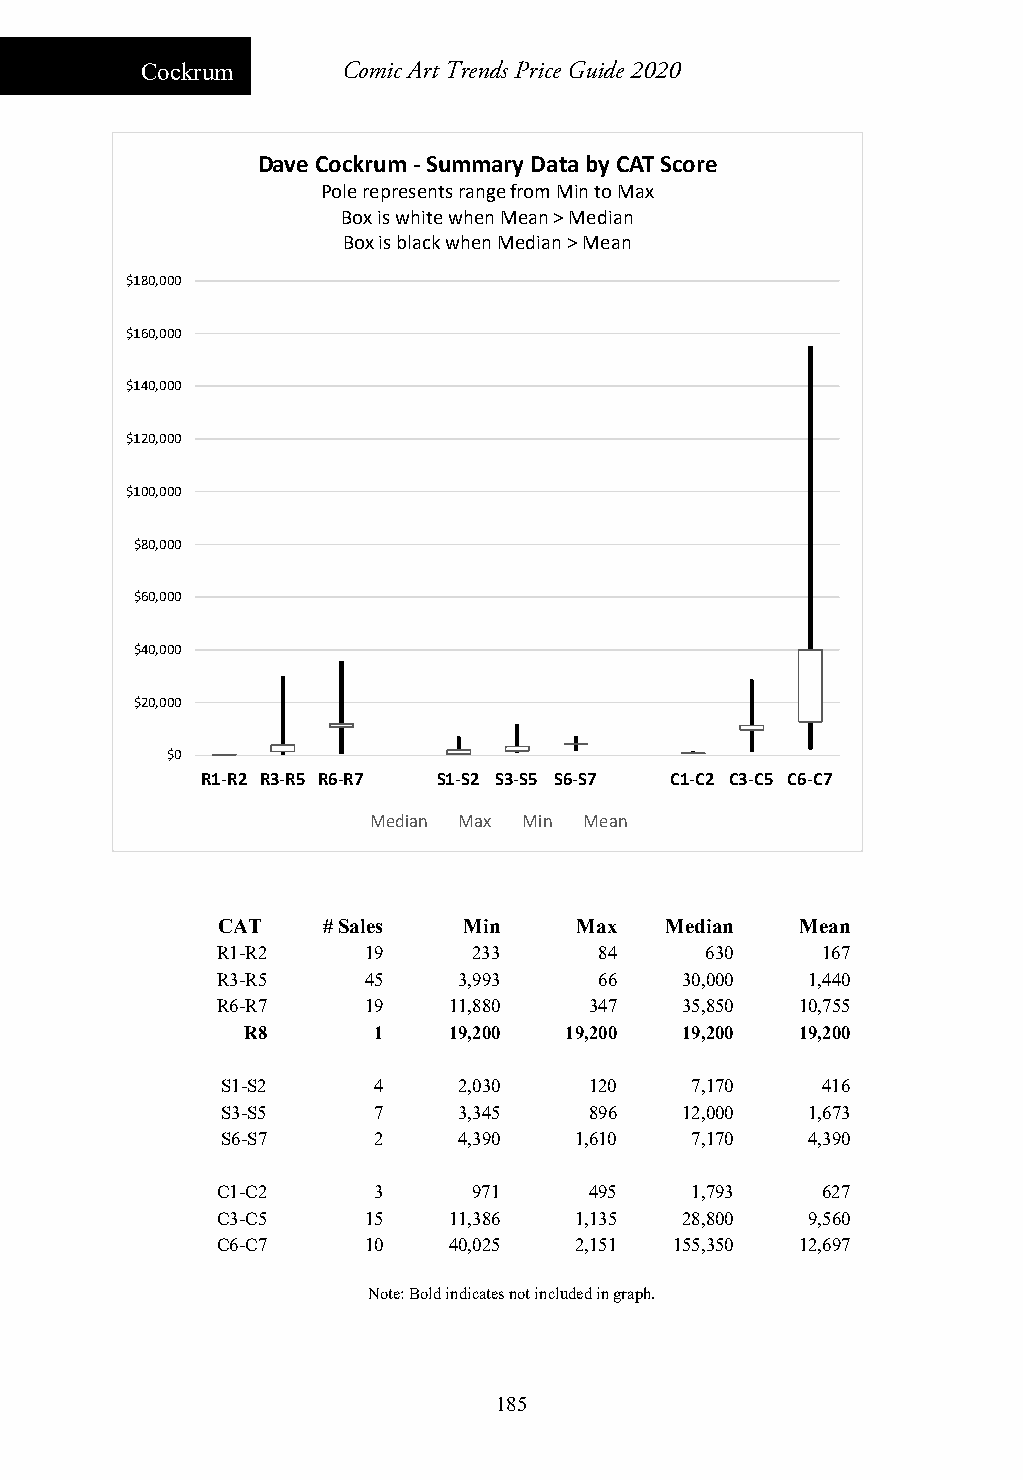
Cockrum       Comic Art Trends Price Guide 2020
 Dave Cockrum ‐Summary Data by CAT Score
 Pole represents range from Min to Max
 Box is white when Mean > Median
 Box is black when Median > Mean
 $180,000
 $160,000
 $140,000
 $120,000
 $100,000
 $80,000
 $60,000
 $40,000
 $20,000
 $0
 R1‐R2 R3‐R5 R6‐R7 S1‐S2 S3‐S5 S6‐S7 C1‐C2 C3‐C5 C6‐C7
 Median Max Min Mean
 CAT    # Sales   Min    Max   Median   Mean
 R1-R2     19     233      84     630    167
 R3-R5     45    3,993     66   30,000  1,440
 R6-R7     19    11,880   347   35,850  10,755
 R8       1    19,200 19,200  19,200  19,200
 S1-S2     4    2,030    120    7,170   416
 S3-S5     7    3,345    896   12,000  1,673
 S6-S7     2    4,390   1,610   7,170  4,390
 C1-C2      3     971     495    1,793   627
 C3-C5     15    11,386  1,135  28,800  9,560
 C6-C7     10    40,025  2,151  155,350 12,697
 Note: Bold indicates not included in graph.
 185